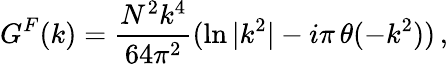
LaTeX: G^{F}(k)={\frac{N^{2}k^{4}}{64\pi^{2}}}(\ln{|k^{2}|}-i\pi\, \theta(-k^{2}))\, ,